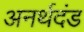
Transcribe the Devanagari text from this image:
अनर्थदंड